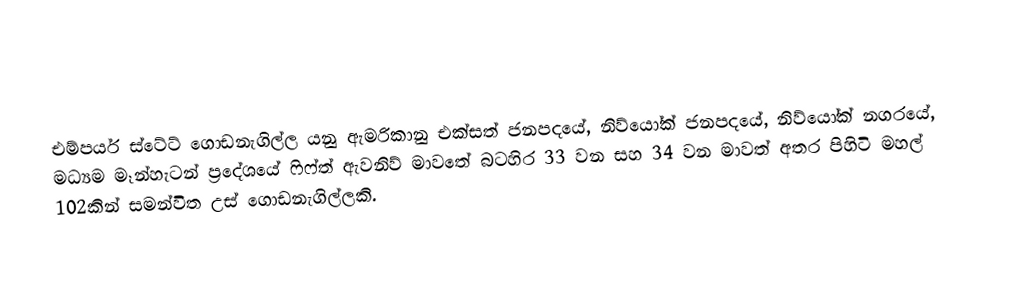
එම්පයර් ස්ටේට් ගොඩනැගිල්ල යනු ඇමරිකානු එක්සත් ජනපදයේ, නිව්යෝක් ජනපදයේ, නිව්යෝක් නගරයේ, මධ්‍යම මෑන්හැටන් ප්‍රදේශයේ ෆිෆ්ත් ඇවනිව් මාවතේ බටහිර 33 වන සහ 34 වන මාවත් අතර පිහිටි මහල් 102කින් සමන්විත උස් ගොඩනැගිල්ලකි.